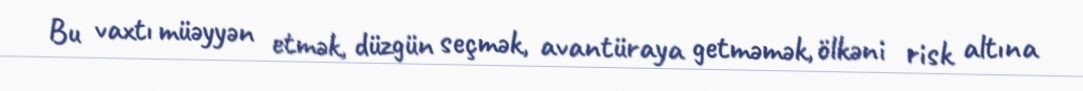
Bu vaxtı müəyyən etmək, düzgün seçmək, avantüraya getməmək, ölkəni risk altına